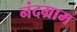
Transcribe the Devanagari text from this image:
नंदग्राम